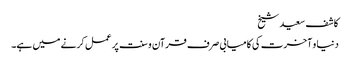
کاشف سعید شیخ
دنیا و آخرت کی کامیابی صرف قرآن و سنت پر عمل کرنے میں ہے۔